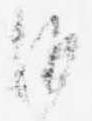
沙